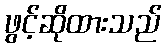
ဖွင့်ဆိုထားသည်